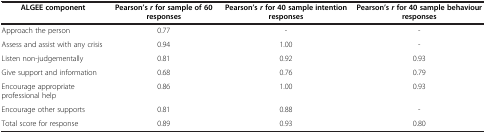
<table><thead><tr><td><b>ALGEE component</b></td><td><b>Pearson’s <i>r </i>for sample of 60 responses</b></td><td><b>Pearson’s <i>r </i>for 40 sample intention responses</b></td><td><b>Pearson’s <i>r </i>for 40 sample behaviour responses</b></td></tr></thead><tbody><tr><td>Approach the person</td><td>0.77</td><td>-</td><td>-</td></tr><tr><td>Assess and assist with any crisis</td><td>0.94</td><td>1.00</td><td>-</td></tr><tr><td>Listen non-judgementally</td><td>0.81</td><td>0.92</td><td>0.93</td></tr><tr><td>Give support and information</td><td>0.68</td><td>0.76</td><td>0.79</td></tr><tr><td>Encourage appropriate professional help</td><td>0.86</td><td>1.00</td><td>0.93</td></tr><tr><td>Encourage other supports</td><td>0.81</td><td>0.88</td><td>-</td></tr><tr><td>Total score for response</td><td>0.89</td><td>0.93</td><td>0.80</td></tr></tbody></table>